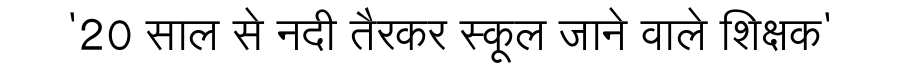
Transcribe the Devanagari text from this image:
'20 साल से नदी तैरकर स्कूल जाने वाले शिक्षक'